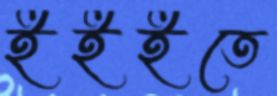
ইইইতে